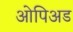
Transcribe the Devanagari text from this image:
ओपिअड